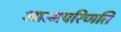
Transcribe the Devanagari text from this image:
आत्मपरिणति